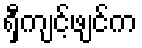
ရှီကျင့်ဖျင်က